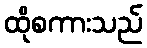
ထိုစကားသည်